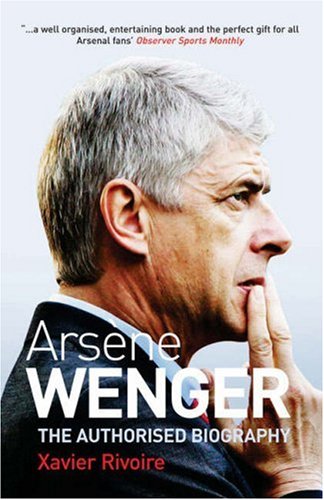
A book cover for Arsene Wenger: The Authorised Biography; Xavier Rivoire; Biographies & Memoirs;